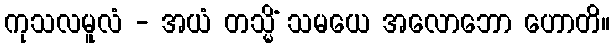
ကုသလမူလံ - အယံ တသ္မိံ သမယေ အလောဘော ဟောတိ။